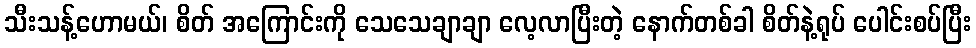
သီးသန့်ဟောမယ်၊ စိတ် အကြောင်းကို သေသေချာချာ လေ့လာပြီးတဲ့ နောက်တစ်ခါ စိတ်နဲ့ရုပ် ပေါင်းစပ်ပြီး